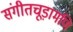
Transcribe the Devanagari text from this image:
संगीतचूड़ामणि